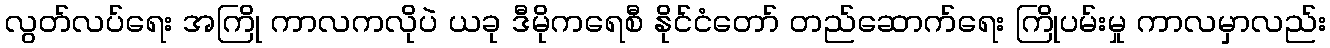
လွတ်လပ်ရေး အကြို ကာလကလိုပဲ ယခု ဒီမိုကရေစီ နိုင်ငံတော် တည်ဆောက်ရေး ကြိုပမ်းမှု ကာလမှာလည်း